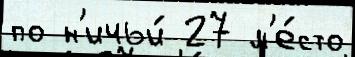
по н'ичьи́ 27 м'е́сто